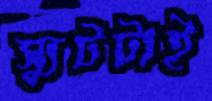
স্যুটটাই